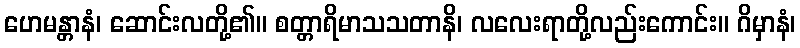
ဟေမန္တာနံ၊ ဆောင်းလတို့၏။ စတ္တာရိမာသသတာနိ၊ လလေးရာတို့လည်းကောင်း။ ဂိမှာနံ၊